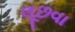
લૂછવા